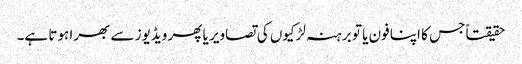
حقیقتاً جس کا اپنا فون یا تو برہنہ لڑکیوں کی تصاویر یا پھر ویڈیوز سے بھرا ہوتا ہے۔